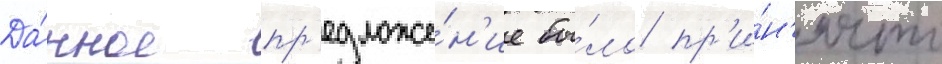
Да́нное пр'едложе́н'ие бы́ло пр'и́н'ято